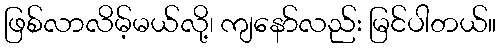
ဖြစ်လာလိမ့်မယ်လို့၊ ကျနော်လည်း မြင်ပါတယ်။